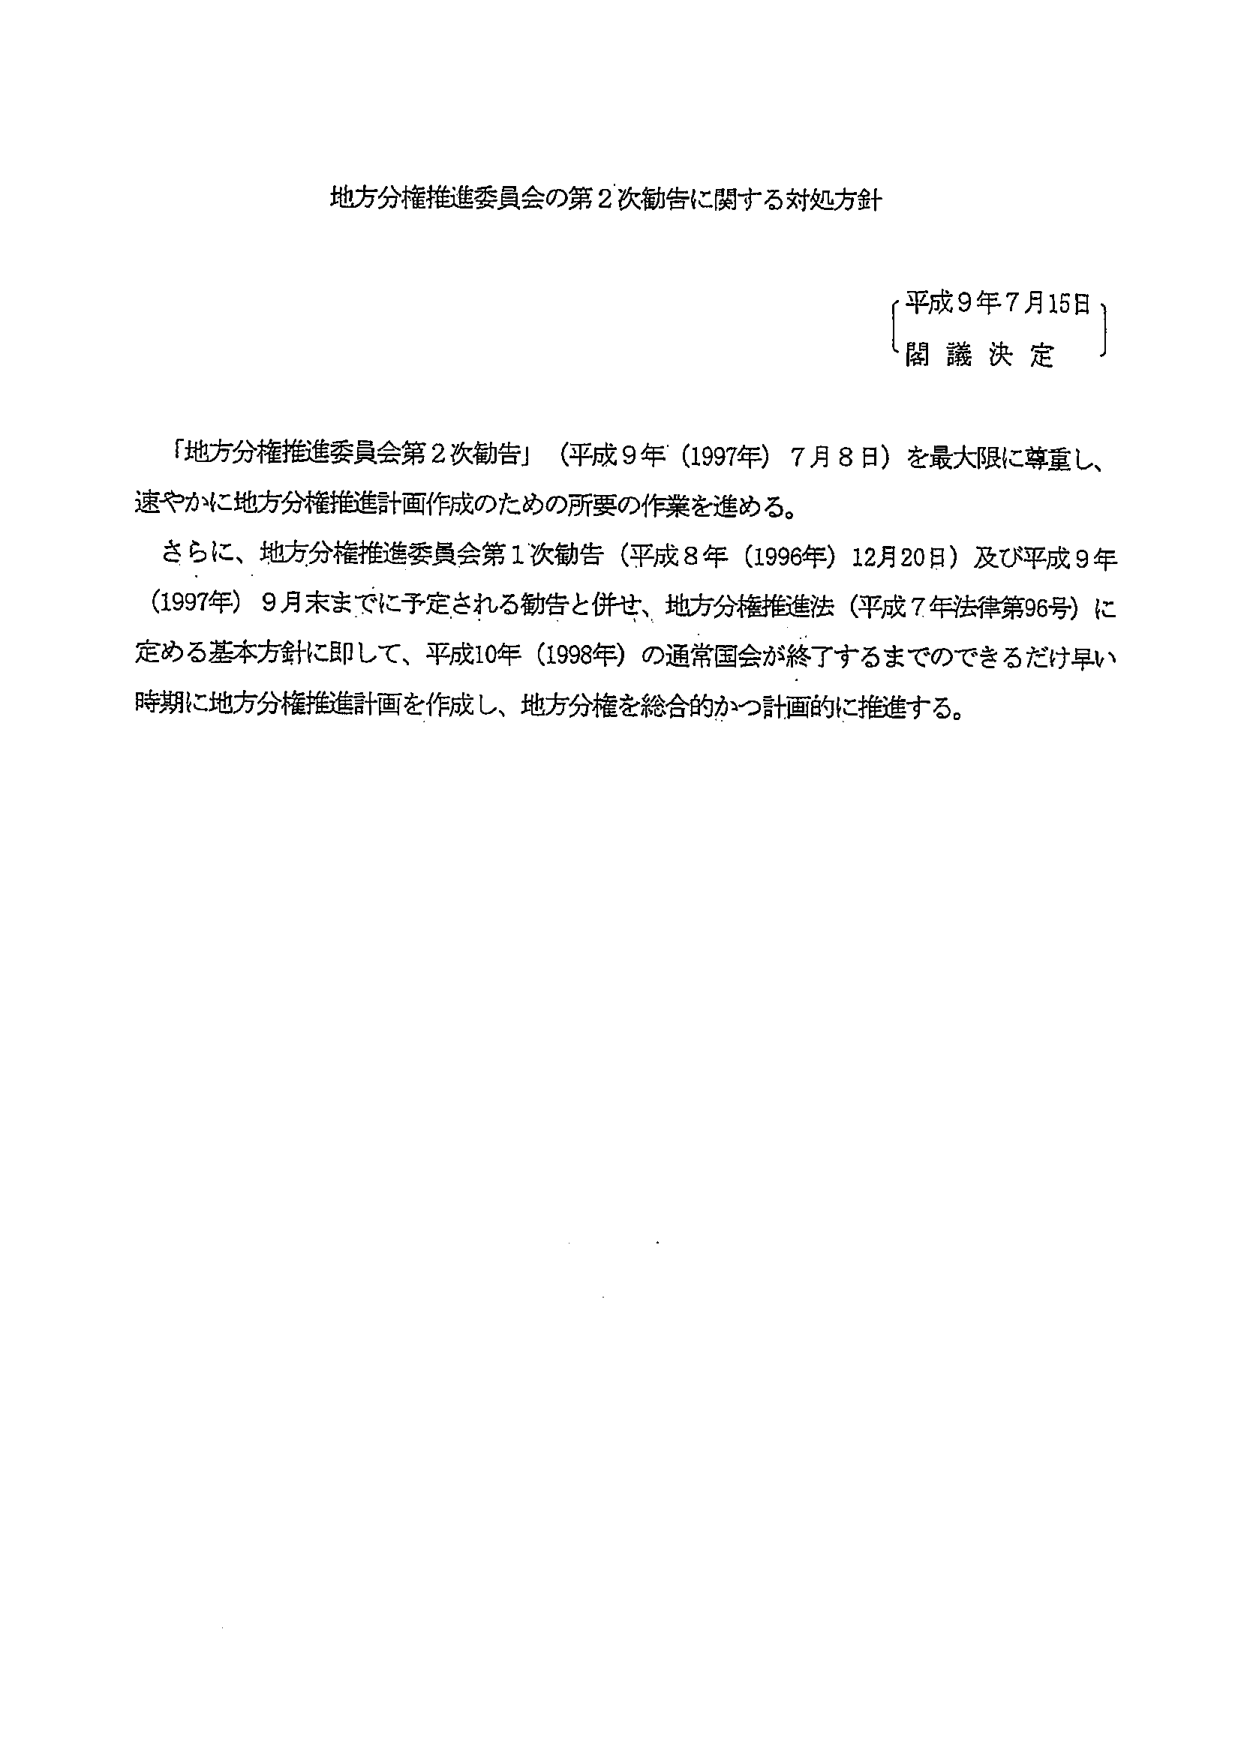
地方分権推進委員会の第２次勧告に関する対処方針

平成９年７月15日
閣議決定

「地方分権推進委員会第２次勧告」（平成９年（1997年）７月８日）を最大限に尊重し、
速やかに地方分権推進計画作成のための所要の作業を進める。

さらに、地方分権推進委員会第１次勧告（平成８年（1996年）12月20日）及び平成９年
（1997年）９月末までに予定される勧告と併せ、地方分権推進法（平成７年法律第96号）に
定める基本方針に即して、平成10年（1998年）の通常国会が終了するまでできるだけ早い
時期に地方分権推進計画を作成し、地方分権を総合的かつ計画的に推進する。